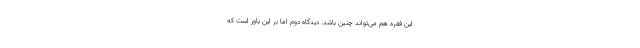
این فقره هم می‌تواند چنین باشد. دیدگاه دوم اما بر این باور است که